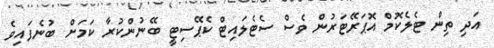
އަދި ތިން ޓެލެކޮމް އޮޕަރޭޓަރުން ވެސް ސެޓެލައިޓް ކެޕޭސިޓީ ބޭނުންކުރާ ކަމަށް ބުނެފައިވެ